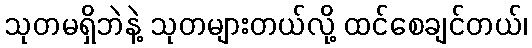
သုတမရှိဘဲနဲ့ သုတများတယ်လို့ ထင်စေချင်တယ်၊